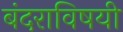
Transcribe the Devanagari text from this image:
बंदराविषयी